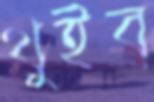
থুইব